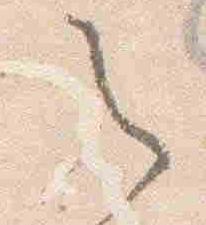
之